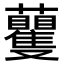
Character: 𧅚